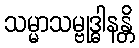
သမ္မာသမ္ဗုဒ္ဓါနန္တိ